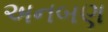
અનબણ